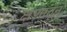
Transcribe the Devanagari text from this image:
क्षणातून